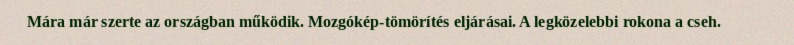
Mára már szerte az országban működik. Mozgókép-tömörítés eljárásai. A legközelebbi rokona a cseh.